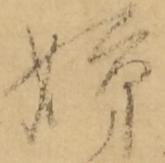
姉